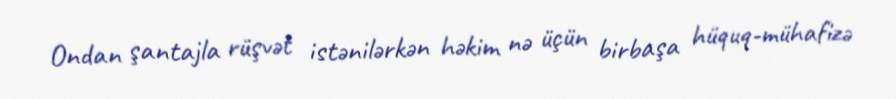
Ondan şantajla rüşvət istənilərkən həkim nə üçün birbaşa hüquq-mühafizə